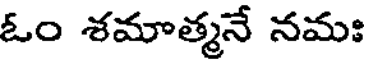
ఓం శమాత్మనే నమః